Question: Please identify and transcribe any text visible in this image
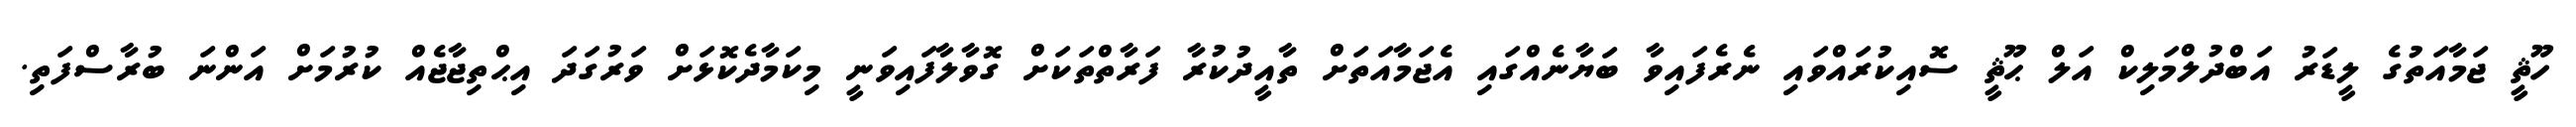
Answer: ހޫޘީ ޖަމާއަތުގެ ލީޑަރު އަބްދުލްމަލިކް އަލް ޙޫޘީ ސޮއިކުރައްވައި ނެރެފައިވާ ބަޔާނެއްގައި އެޖަމާއަތަށް ތާއީދުކުރާ ފަރާތްތަކަށް ގޮވާލާފައިވަނީ މިކަމާދެކޮޅަށް ވަރުގަދަ އިޙްތިޖާޖެއް ކުރުމަށް އަންނަ ބުރާސްފަތި.